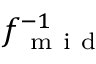
f _ { \mathrm { ~ m ~ i ~ d ~ } } ^ { - 1 }